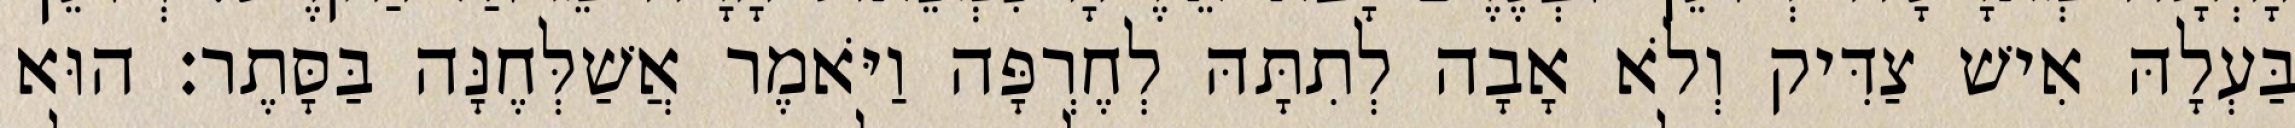
בַּעְלָהּ אִישׁ צַדִּיק וְלֹא אָבָה לְתִתָּהּ לְחֶרְפָּה וַיֹּאמֶר אֲשַׁלְּחֶנָּה בַּסָּתֶר׃ הוּא